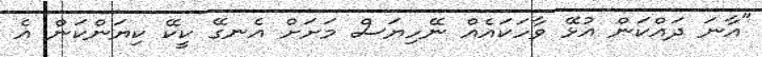
"އާނަ ދައްކަން އުޅޭ ވާހަކައެއް ނޭހިޔަސް މަށަށް އެނގޭ ކީކޭ ކިޔަންކަން އެ